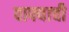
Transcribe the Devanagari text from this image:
वाफ्याची